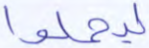
ليحملوا